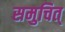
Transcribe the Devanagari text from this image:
समुचित्